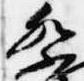
祭